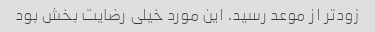
زودتر از موعد رسید. این مورد خیلی رضایت بخش بود